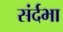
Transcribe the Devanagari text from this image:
संर्दभा